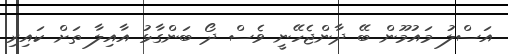
އަސްލު މައުމޫން ބޭ ދާންޖެހޭނީ ވެސް ދޯ ބަންގާޅު އާއިލާ ތަށް ކައިރި